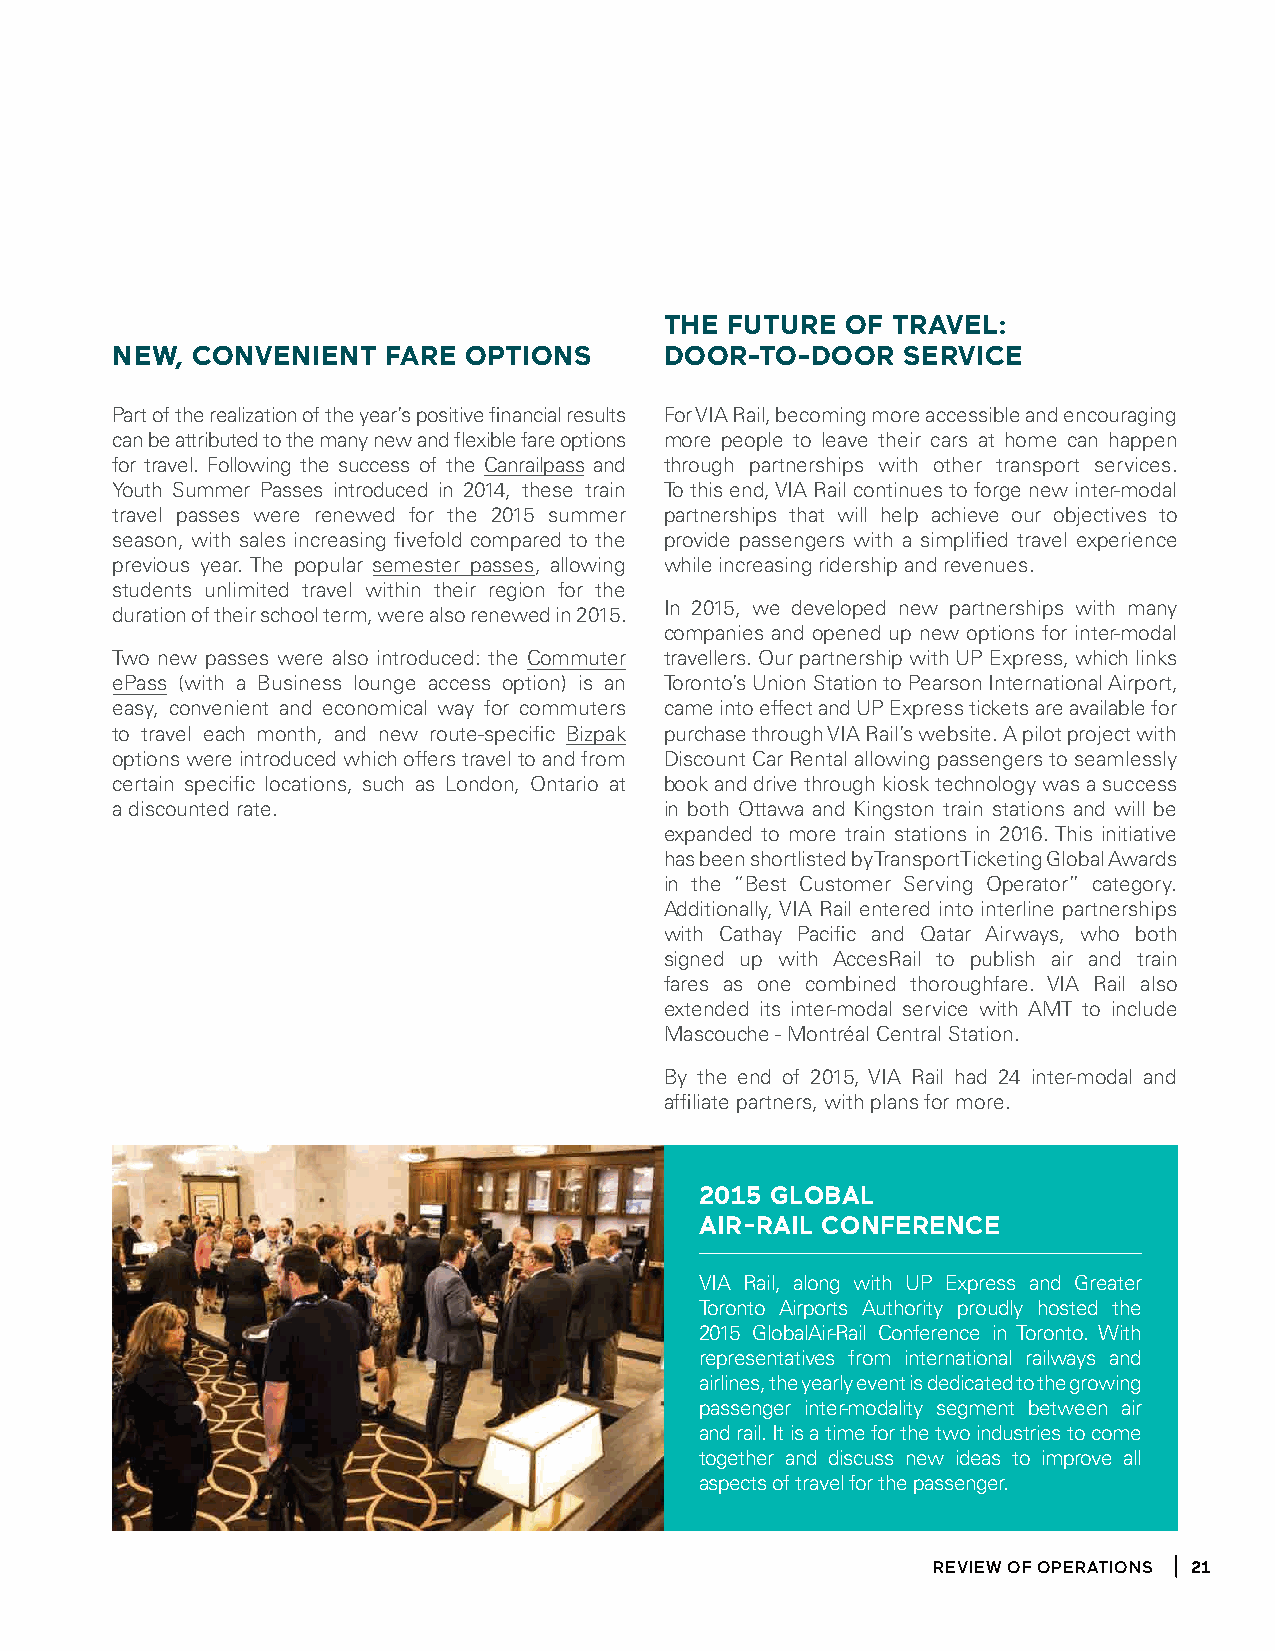
the future  of travel:
 new,  Convenient  fare  options      door-to-door    serviCe
 Part of the realization of the year’s positive financial results For VIA Rail, becoming more accessible and encouraging
 can be attributed to the many new and flexible fare options more people to leave their cars at home can happen
 for travel. Following the success of the Canrailpass and through partnerships with other transport services.
 Youth Summer Passes introduced in 2014, these train To this end, VIA Rail continues to forge new inter-modal
 travel passes were renewed for the 2015 summer partnerships that will help achieve our objectives to
 season, with sales increasing fivefold compared to the provide passengers with a simplified travel experience
 previous year. The popular semester passes, allowing while increasing ridership and revenues.
 students unlimited travel within their region for the
 duration of their school term, were also renewed in 2015. In 2015, we developed new partnerships with many
 companies and opened up new options for inter-modal
 Two new passes were also introduced: the Commuter travellers. Our partnership with UP Express, which links
 ePass (with a Business lounge access option) is an Toronto’s Union Station to Pearson International Airport,
 easy, convenient and economical way for commuters came into effect and UP Express tickets are available for
 to travel each month, and new route-specific Bizpak purchase through VIA Rail’s website. A pilot project with
 options were introduced which offers travel to and from Discount Car Rental allowing passengers to seamlessly
 certain specific locations, such as London, Ontario at book and drive through kiosk technology was a success
 a discounted rate.                   in both Ottawa and Kingston train stations and will be
 expanded to more train stations in 2016. This initiative
 has been shortlisted by Transport Ticketing Global Awards
 in the “Best Customer Serving Operator” category.
 Additionally, VIA Rail entered into interline partnerships
 with Cathay Pacific and Qatar Airways, who both
 signed up with AccesRail to publish air and train
 fares as one combined thoroughfare. VIA Rail also
 extended its inter-modal service with AMT to include
 Mascouche - Montréal Central Station.
 By the end of 2015, VIA Rail had 24 inter-modal and
 affiliate partners, with plans for more.
 2015 gloBal
 air-rail ConferenCe
 VIA Rail, along with UP Express and Greater
 Toronto Airports Authority proudly hosted the
 2015 GlobalAir-Rail Conference in Toronto. With
 representatives from international railways and
 airlines, the yearly event is dedicated to the growing
 passenger inter-modality segment between air
 and rail. It is a time for the two industries to come
 together and discuss new ideas to improve all
 aspects of travel for the passenger.
 ReView of opeRations 21